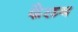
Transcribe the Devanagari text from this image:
कैलथ